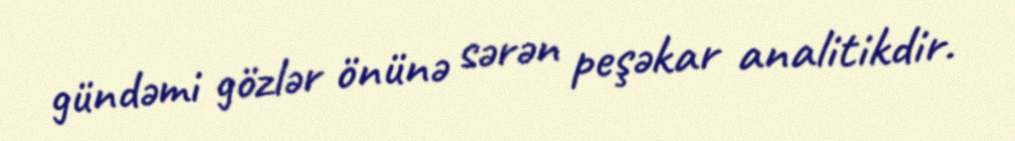
gündəmi gözlər önünə sərən peşəkar analitikdir.